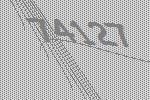
74127